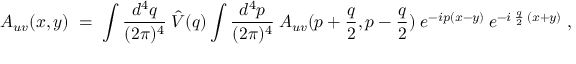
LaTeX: A _ { u v } ( x , y ) \; = \; \int \frac { d ^ { 4 } q } { ( 2 \pi ) ^ { 4 } } \: \hat { V } ( q ) \int \frac { d ^ { 4 } p } { ( 2 \pi ) ^ { 4 } } \: A _ { u v } ( p + \frac { q } { 2 } , p - \frac { q } { 2 } ) \; e ^ { - i p ( x - y ) } \: e ^ { - i \: \frac { q } { 2 } \: ( x + y ) } \; ,